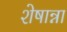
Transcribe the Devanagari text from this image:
शेषान्ना